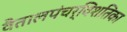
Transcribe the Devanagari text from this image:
वैतालपंचर्विशतिका